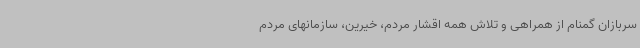
سربازان گمنام از همراهی و تلاش همه اقشار مردم، خیرین، سازمانهای مردم